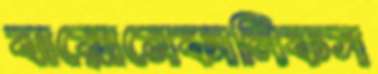
বায়োমেকানিকস